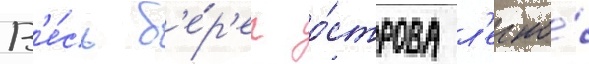
В'е́сь б'е́р'ег о́строва л'егко́